Indian journal of veterinary science and animal husbandry - Volumes 24-25, 1954-1955
Year: 1954
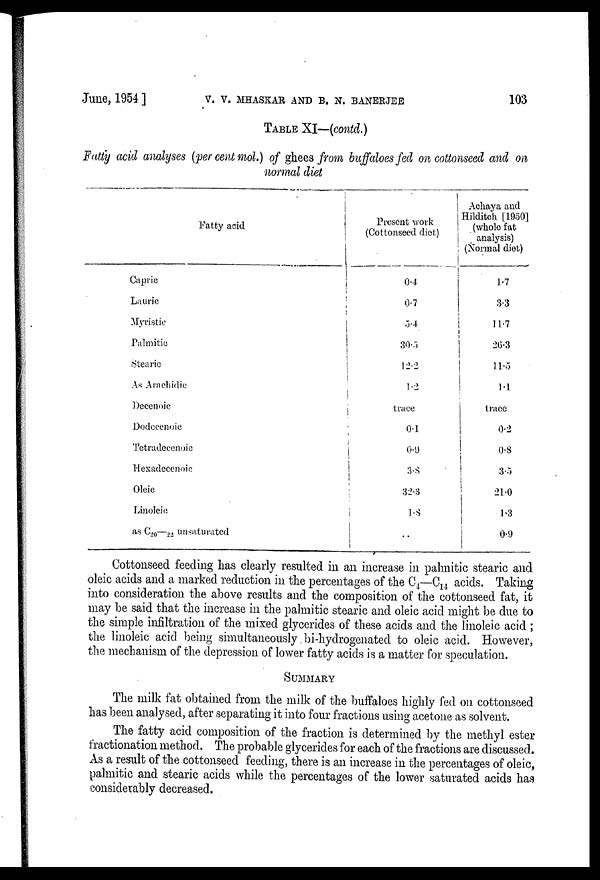
June, 1954]
V.
V.
MHASKAR
AND
B.
N.
BANERJEE
103
TABLE XI—(contd.)
Fatty acid analyses (per cent mol.) of ghees from buffaloes fed on cottonseed and on
normal diet
Fatty acid
Capric
Laurie
Myristie
Palmitic
Stearic
As Arachidie
Decenoic
Dodecenoie
Tetradecenoic
Hexadecenoic
Oleic
Linoleic
as C 20 —C 22 unsaturated
Present work
(Cottonseed diet)
0.4
0.7
5.4
30.5
12.2
1.2
trace
0.1
0.9
3.8
32.3
1.8
..
Achaya and
Hilditch [1950]
(whole fat
analysis)
(Normal diet)
1.7
3.3
11.7
26.3
11.5
1.1
trace
0.2
0.8
3.5
21.0
1.3
0.9
Cottonseed feeding has clearly resulted in an increase in palmitic stearic and
oleic acids and a marked reduction in the percentages of the C 4 —C 14 acids. Taking
into consideration the above results and the composition of the cottonseed fat, it
may be said that the increase in the palmitic stearic and oleic acid might be due to
the simple infiltration of the mixed glycerides of these acids and the linoleic acid;
the linoleic acid being simultaneously bi-hydrogenated to oleic acid. However,
the mechanism of the depression of lower fatty acids is a matter for speculation.
SUMMARY
The milk fat obtained from the milk of the buffaloes highly fed on cottonseed
has been analysed, after separating it into four fractions using acetone as solvent.
The fatty acid composition of the fraction is determined by the methyl ester
fractionation method. The probable glycerides for each of the fractions are discussed.
As a result of the cottonseed feeding, there is an increase in the percentages of oleic,
palmitic and stearic acids while the percentages of the lower saturated acids has
considerably decreased.